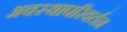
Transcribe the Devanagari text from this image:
अवस्थापरिवर्तन